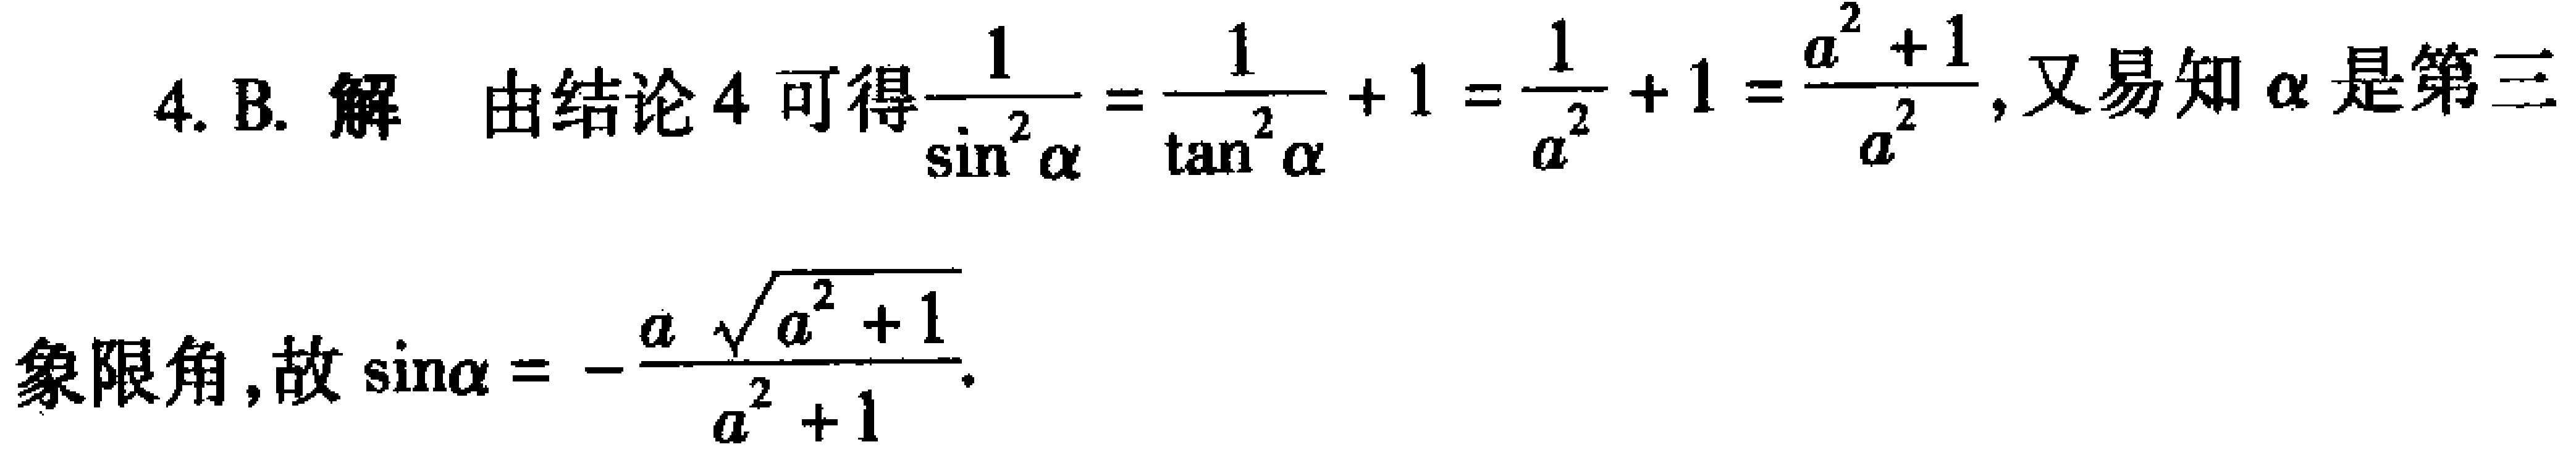
4. B. 解 由结论4可得$\frac{1}{\sin^{2}\alpha}=\frac{1}{\tan^{2}\alpha}+1=\frac{1}{a^{2}} + 1=\frac{a^{2}+1}{a^{2}}$，又易知$\alpha$是第三

象限角，故$\sin\alpha = -\frac{a\sqrt{a^{2}+1}}{a^{2}+1}$.